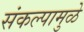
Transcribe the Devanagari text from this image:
संकल्पामुळे